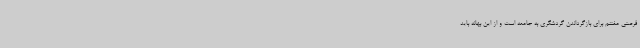
فرصتی مغتنم برای بازگرداندن گردشگری به جامعه است و از این بهانه باید